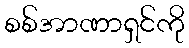
စစ်အာဏာရှင်ကို